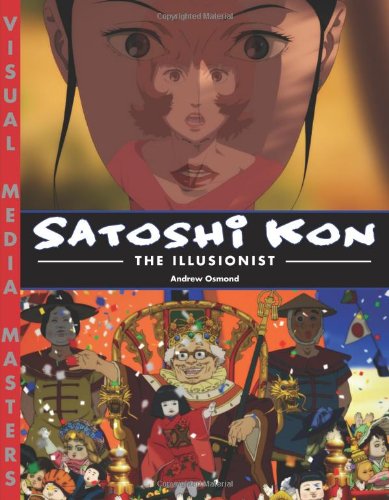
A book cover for Satoshi Kon: The Illusionist; Andrew Osmond; Humor & Entertainment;